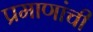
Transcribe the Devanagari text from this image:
प्रमाणांची